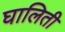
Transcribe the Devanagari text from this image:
घालिती